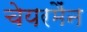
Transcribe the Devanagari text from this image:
चेयरमैंन